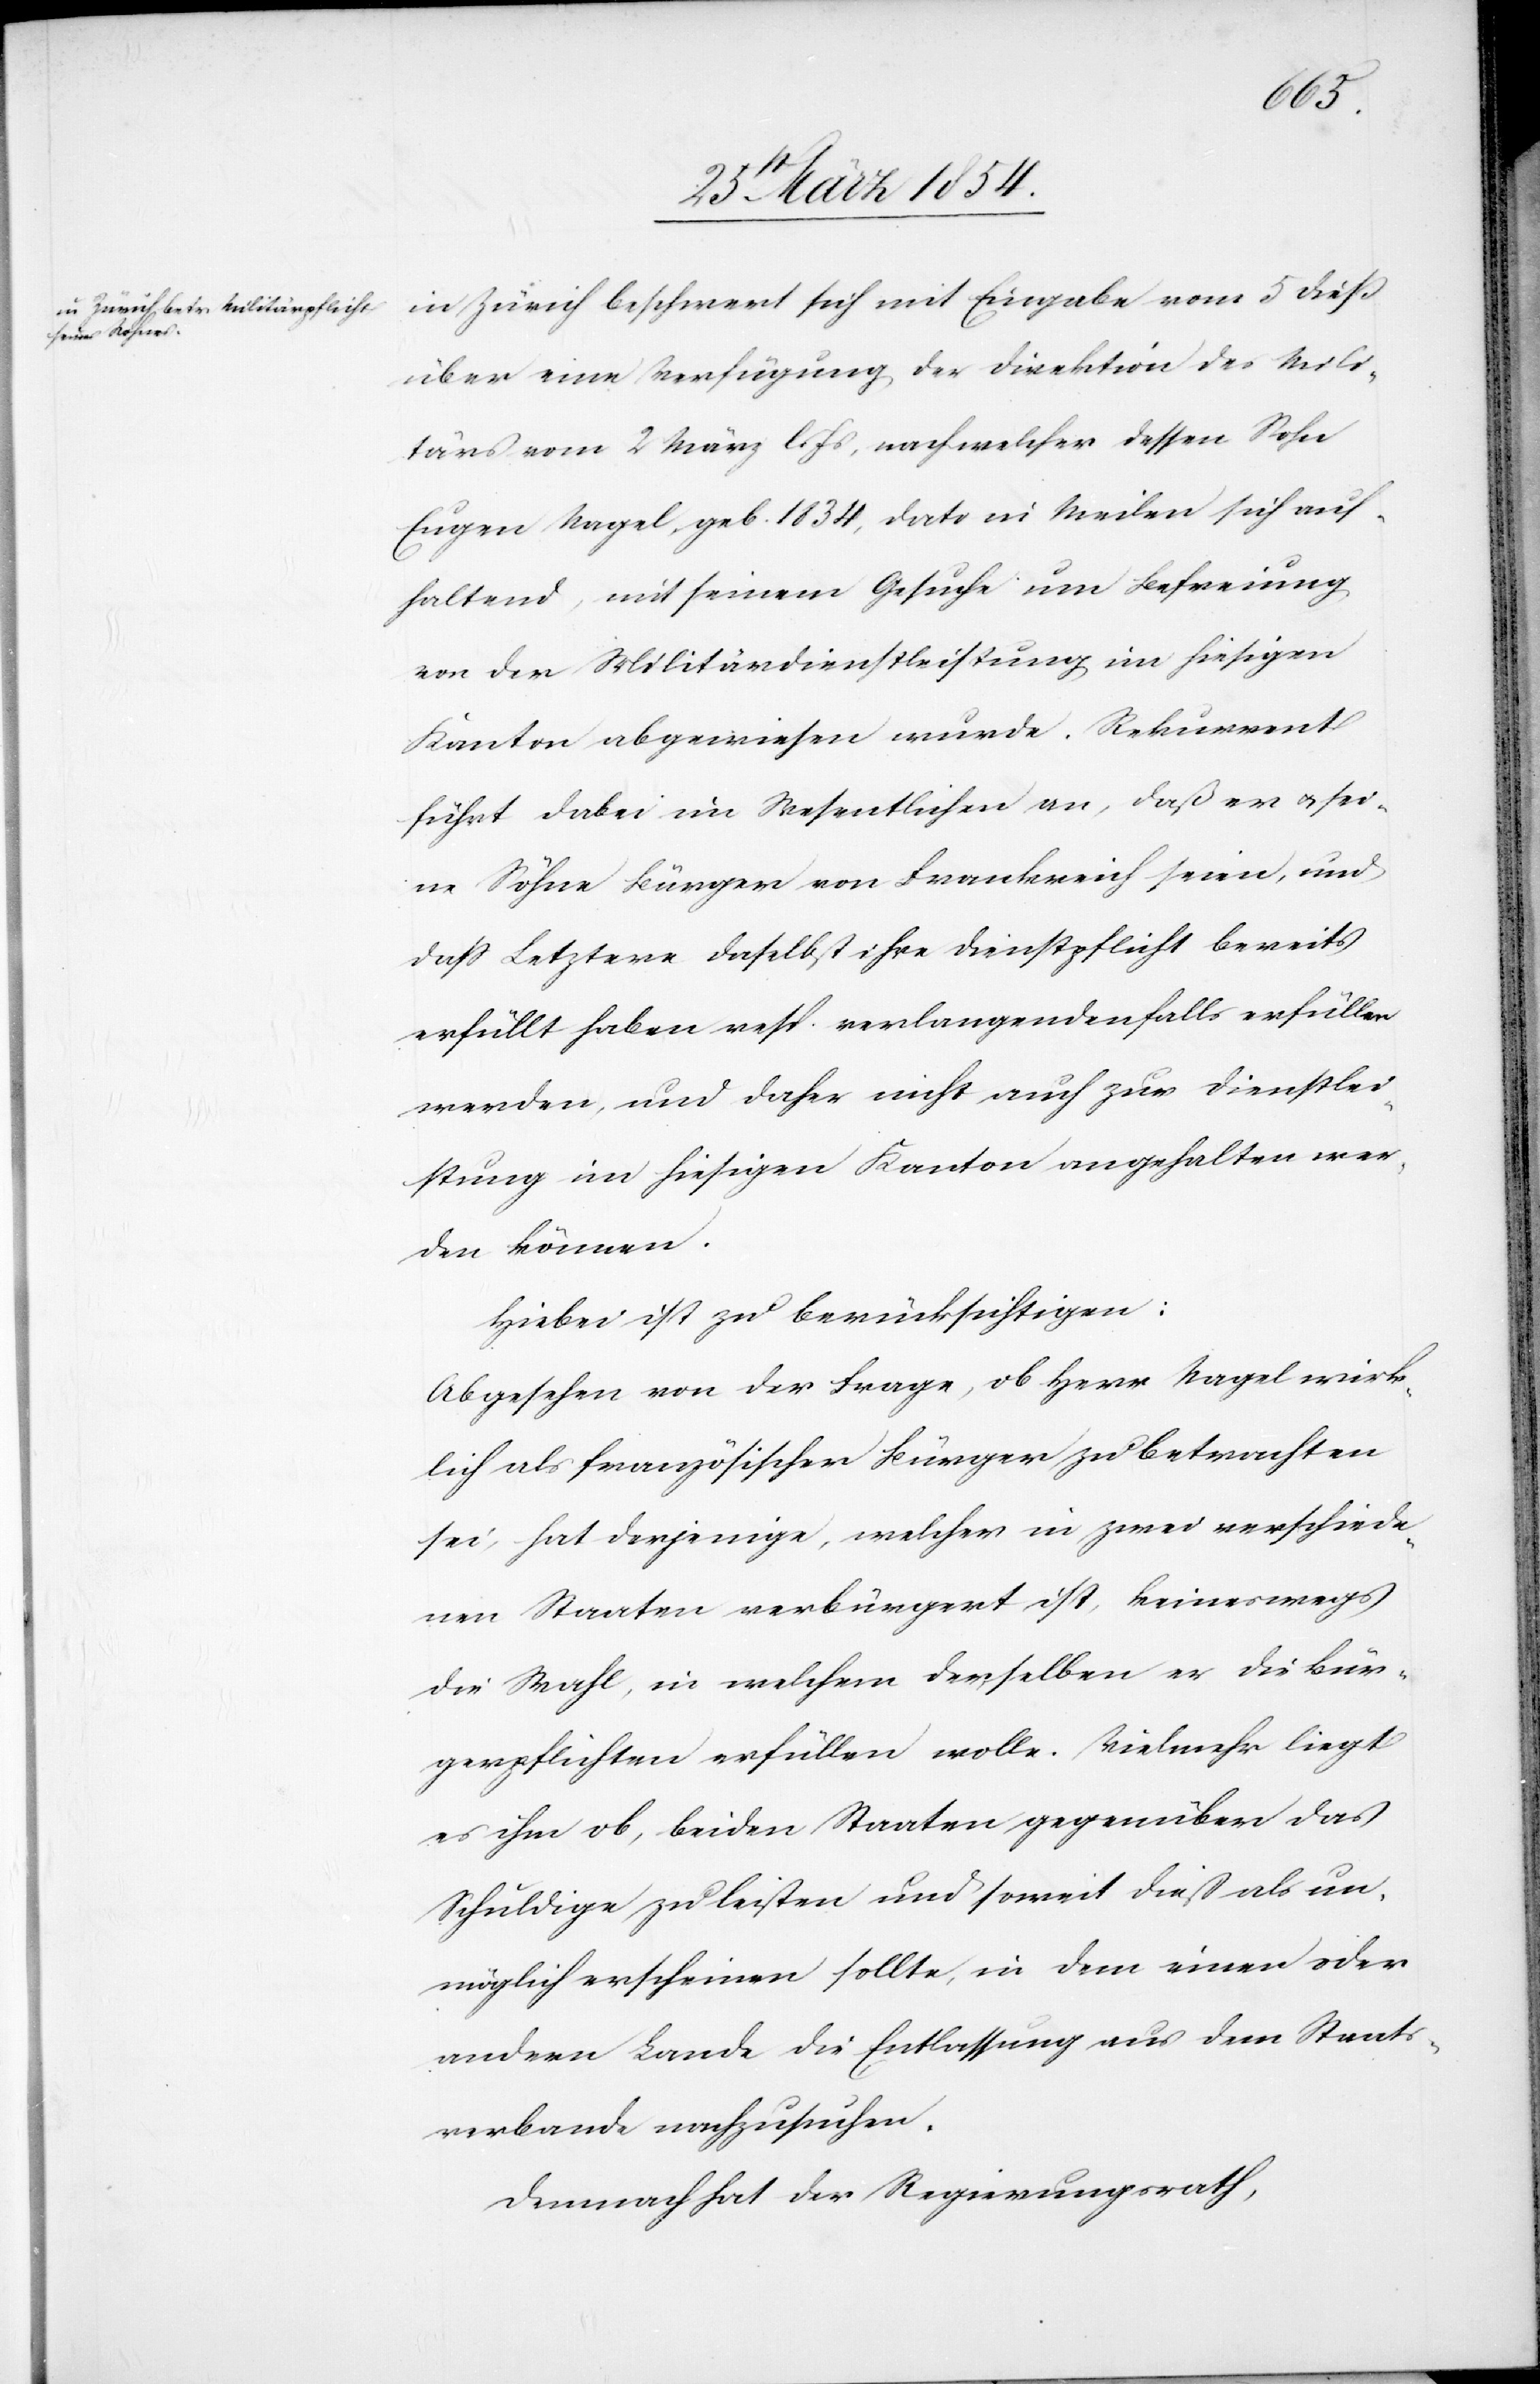
dieß
über eine Verfügung der Direktion des Mili¬
tärs vom 2 März l. Js, nach welcher dessen Sohn
Eugen Nagel, geb. 1834, dato in Meilen sich auf¬
haltend, mit seinem Gesuche um Befreiung
von der Militärdienstleistung im hiesigen
Kanton abgewiesen wurde. Rekurrent
führt dabei im Wesentlichen an, daß er u. sei¬
ne Söhne Bürger von Frankreich seien, und
daß Letztere daselbst ihre Dienstpflicht bereits
erfüllt haben resp. verlangendenfalls erfüllen
werden, und daher nicht auch zur Dienstlei¬
stung im hiesigen Kanton angehalten wer¬
den können.
Hiebei ist zu berücksichtigen:
Abgesehen von der Frage, ob Herr Nagel wirk¬
lich als französischer Bürger zu betrachten
sei, hat derjenige, welcher in zwei verschiede¬
nen Staaten verbürgert ist, keineswegs
die Wahl, in welchem derselben er die Bür¬
gerpflichten erfüllen wolle. Vielmehr liegt
es ihm ob, beiden Staaten gegenüber das
Schuldige zu leisten und soweit dieß als un¬
möglich erscheinen sollte, in dem einen oder
andern Lande die Entlassung aus dem Staats¬
verbande nachzusuchen.
Demnach hat der Regierungsrath,